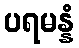
ပရမန္နံ